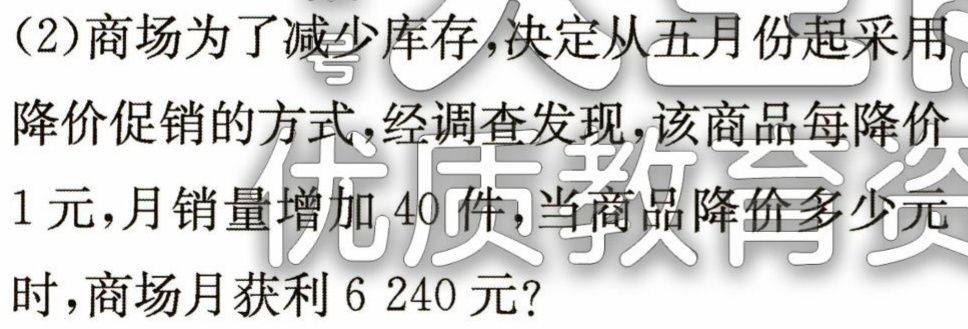
(2)商场为了减少库存,决定从五月份起采用
降价促销的方式,经调查发现,该商品每降价
1 元,月销量增加 40 件,当商品降价多少元
时,商场月获利 6 240 元?